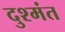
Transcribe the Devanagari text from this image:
दुश्मंत